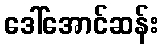
ဒေါ်အောင်ဆန်း